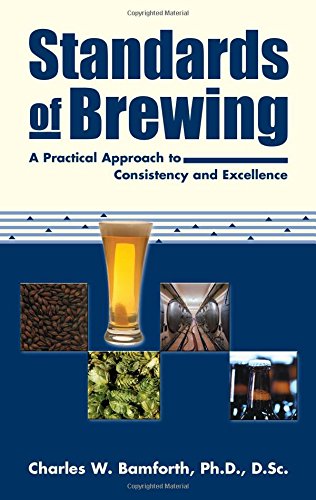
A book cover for Standards of Brewing: Formulas for Consistency and Excellence; Charles W. Bamforth; Cookbooks, Food & Wine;